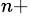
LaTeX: ^{n+}